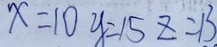
x = 1 0 y = 1 5 z = 1 3